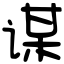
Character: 谋